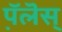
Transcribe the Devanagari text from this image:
प़ॅलॆस्